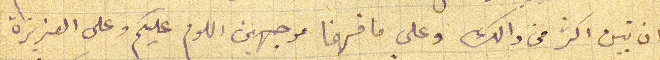
ان تبين اكثر من دالك وعلى ما فهمنا موجهين اللوم عليكم وعلى العزيزة